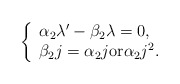
\begin{align*}\left\{\begin{array}{l}\alpha_2\lambda'-\beta_2\lambda=0, \\\beta_2j=\alpha_2j \mbox{or} \alpha_2j^2.\end{array}\right.\end{align*}